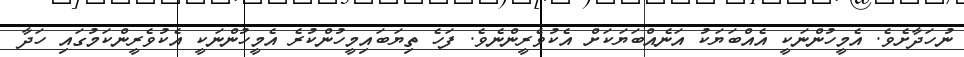
ނުހަދާށެވެ. އެމީހުންނަކީ އެއްބަޔަކު އަނެއްބަޔަކަށް އެކުވެރީންނެވެ. ފަހެ ތިޔަބައިމީހުންކުރެ އެމީހުންނަކީ އެކުވެރީންކަމުގައި ހަދާ